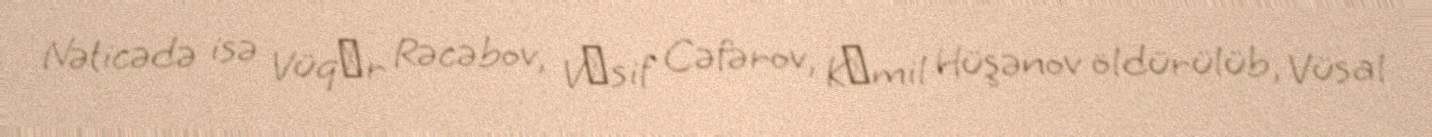
Nəticədə isə Vüqаr Rəcəbov, Vаsif Cəfərov, Kаmil Hüşənov öldürülüb, Vüsal